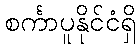
စင်္ကာပူနိုင်ငံရှိ